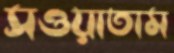
সওয়াতাম